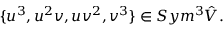
\{ u ^ { 3 } , u ^ { 2 } v , u v ^ { 2 } , v ^ { 3 } \} \in S y m ^ { 3 } \hat { V } .